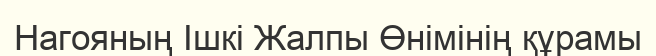
Нагояның Ішкі Жалпы Өнімінің құрамы